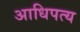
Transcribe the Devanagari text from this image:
अाधिपत्य